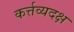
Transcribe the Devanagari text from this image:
कर्त्तव्यदक्ष